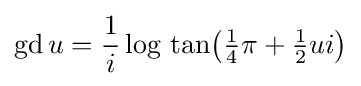
\operatorname {gd} u={{\frac {1}{i}}\log \,\tan }{\bigl (}{\tfrac {1}{4}}\pi +{\tfrac {1}{2}}ui{\bigr )}